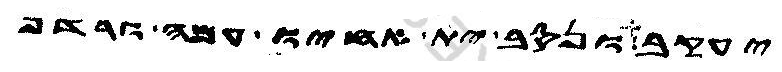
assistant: יעקב ונסב ית אחיו עמה ורדף